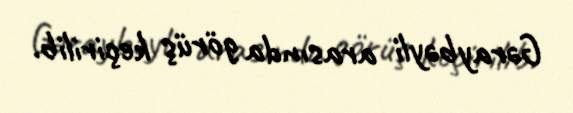
Gəraybəyli arasında görüş keçirilib.